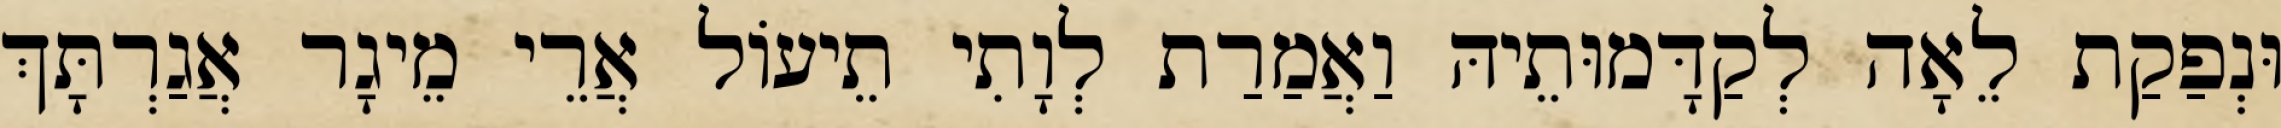
וּנְפַקַת לֵאָה לְקַדָּמוּתֵיהּ וַאֲמַרַת לְוָתִי תֵיעוֹל אֲרֵי מֵיגָר אֲגַרְתָּךְ